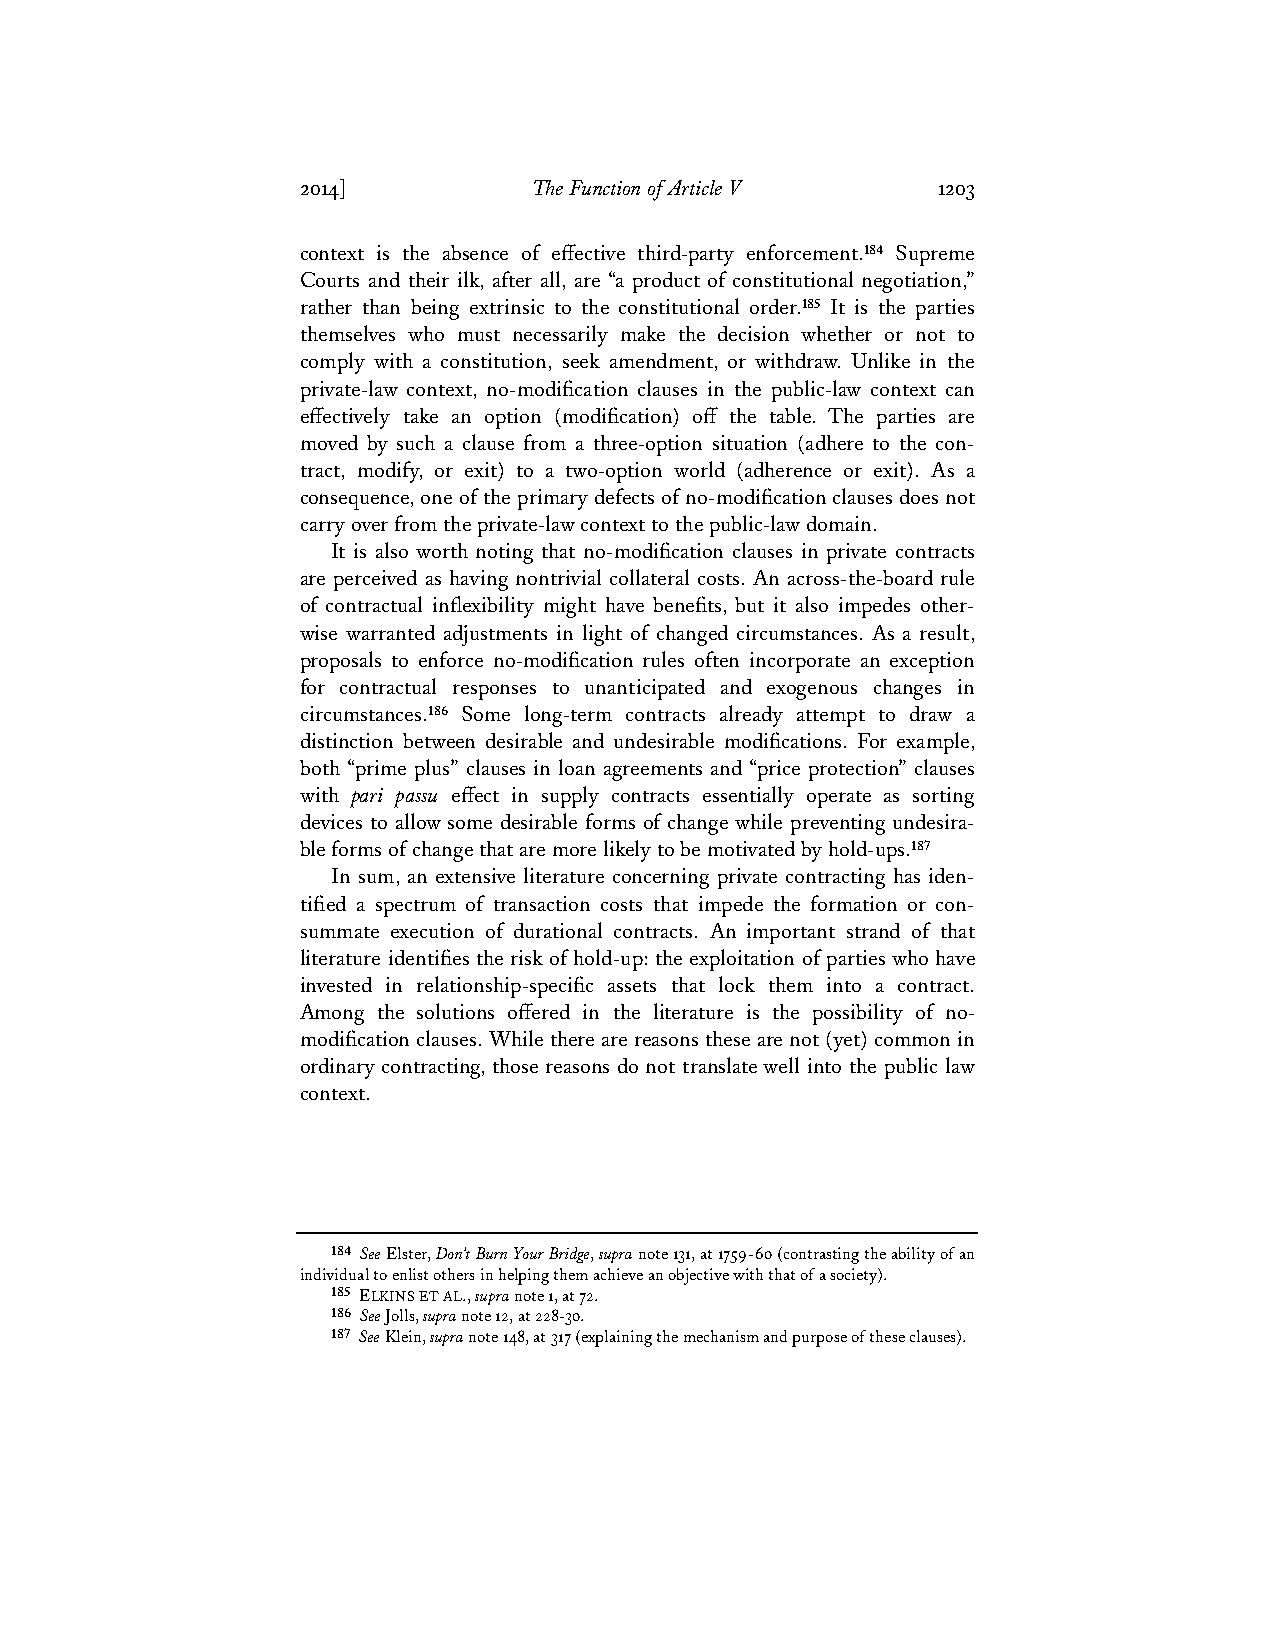
2014]          The Function of Article V  1203
 context is the absence of effective third-party enforcement.184 Supreme
 Courts and their ilk, after all, are “a product of constitutional negotiation,”
 rather than being extrinsic to the constitutional order.185 It is the parties
 themselves who must necessarily make the decision whether or not to
 comply with a constitution, seek amendment, or withdraw. Unlike in the
 private-law context, no-modification clauses in the public-law context can
 effectively take an option (modification) off the table. The parties are
 moved by such a clause from a three-option situation (adhere to the con-
 tract, modify, or exit) to a two-option world (adherence or exit). As a
 consequence, one of the primary defects of no-modification clauses does not
 carry over from the private-law context to the public-law domain.
 It is also worth noting that no-modification clauses in private contracts
 are perceived as having nontrivial collateral costs. An across-the-board rule
 of contractual inflexibility might have benefits, but it also impedes other-
 wise warranted adjustments in light of changed circumstances. As a result,
 proposals to enforce no-modification rules often incorporate an exception
 for contractual responses to unanticipated and exogenous changes in
 circumstances.186 Some long-term contracts already attempt to draw a
 distinction between desirable and undesirable modifications. For example,
 both “prime plus” clauses in loan agreements and “price protection” clauses
 with pari passu effect in supply contracts essentially operate as sorting
 devices to allow some desirable forms of change while preventing undesira-
 ble forms of change that are more likely to be motivated by hold-ups.187
 In sum, an extensive literature concerning private contracting has iden-
 tified a spectrum of transaction costs that impede the formation or con-
 summate execution of durational contracts. An important strand of that
 literature identifies the risk of hold-up: the exploitation of parties who have
 invested in relationship-specific assets that lock them into a contract.
 Among the solutions offered in the literature is the possibility of no-
 modification clauses. While there are reasons these are not (yet) common in
 ordinary contracting, those reasons do not translate well into the public law
 context.
 184 See Elster, Don’t Burn Your Bridge, supra note 131, at 1759-60 (contrasting the ability of an
 individual to enlist others in helping them achieve an objective with that of a society).
 185 ELKINS ET AL., supra note 1, at 72.
 186 See Jolls, supra note 12, at 228-30.
 187 See Klein, supra note 148, at 317 (explaining the mechanism and purpose of these clauses).